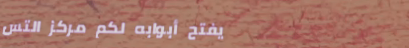
يفتح أبوابه لكم مركز التس